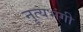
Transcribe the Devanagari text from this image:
नृत्यभंगी